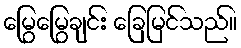
မြွေမြွေချင်း ခြေမြင်သည်။